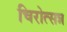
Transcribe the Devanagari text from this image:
चिरोत्सन्न